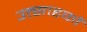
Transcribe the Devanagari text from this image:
उत्साहकों